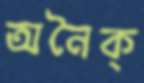
অনৈক্